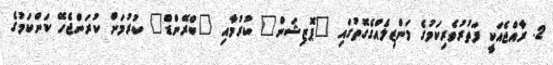
2. ރާއްޖެއަކީ ފަތުރުވެރިކަމުގެ މަންޒިލެއްގެގޮތުގައި "ޕޮޒިޝަން" ކުރުމާއި "ބްރޭންޑް" ކުރުމަށް ކުރަންޖެހޭ ކަންކަމުގެ